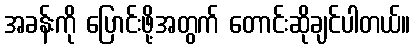
အခန်းကို ပြောင်းဖို့အတွက် တောင်းဆိုချင်ပါတယ်။